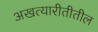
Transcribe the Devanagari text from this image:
अखत्यारीतीतील